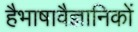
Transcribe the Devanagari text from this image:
हैभाषावैज्ञानिकों